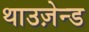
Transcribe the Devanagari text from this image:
थाउज़ेन्ड